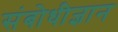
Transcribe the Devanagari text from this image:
संबोधीज्ञान